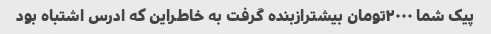
پیک شما ٢٠٠٠تومان بیشترازبنده گرفت به خاطراین که ادرس اشتباه بود